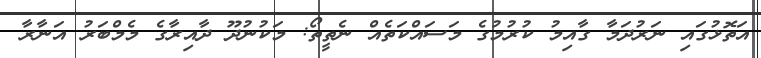
އަތޮޅުގައި ނަރުދަމާ ގާއިމު ކުރުމުގެ މަސައްކަތެއް ނެތީތޯ: މަކުނުދޫ ދާއިރާގެ މެމްބަރު އަނާރާ